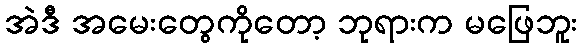
အဲဒီ အမေးတွေကိုတော့ ဘုရားက မဖြေဘူး